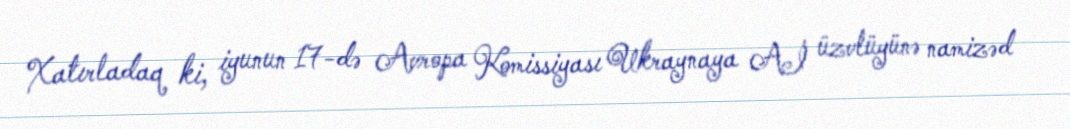
Xatırladaq ki, iyunun 17-də Avropa Komissiyası Ukraynaya Aİ üzvlüyünə namizəd